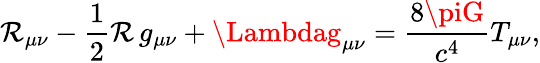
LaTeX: \mathcal{R}_{\mu\nu}-{\frac{{1}}{{2}}}\mathcal{R}\, g_{\mu\nu}+\Lambdag_{\mu\nu}={\frac{{8\piG}}{{c^{4}}}}T_{\mu\nu},